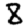
Digit: 8